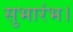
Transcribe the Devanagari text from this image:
सुभारंभ।